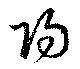
陽